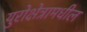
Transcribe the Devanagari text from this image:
युरोक्षेत्रामधील